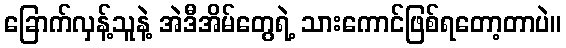
ခြောက်လှန့်သူနဲ့ အဲဒီအိမ်တွေရဲ့ သားကောင်ဖြစ်ရတော့တာပဲ။